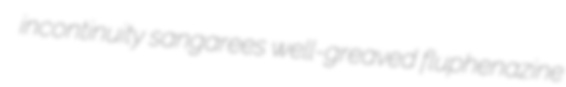
incontinuity sangarees well-greaved fluphenazine